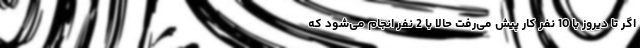
اگر تا دیروز با 10 نفر کار پیش می‌رفت حالا با 2 نفر انجام می‌شود که